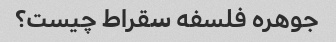
جوهره فلسفه سقراط چیست؟